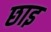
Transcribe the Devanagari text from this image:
छाइ